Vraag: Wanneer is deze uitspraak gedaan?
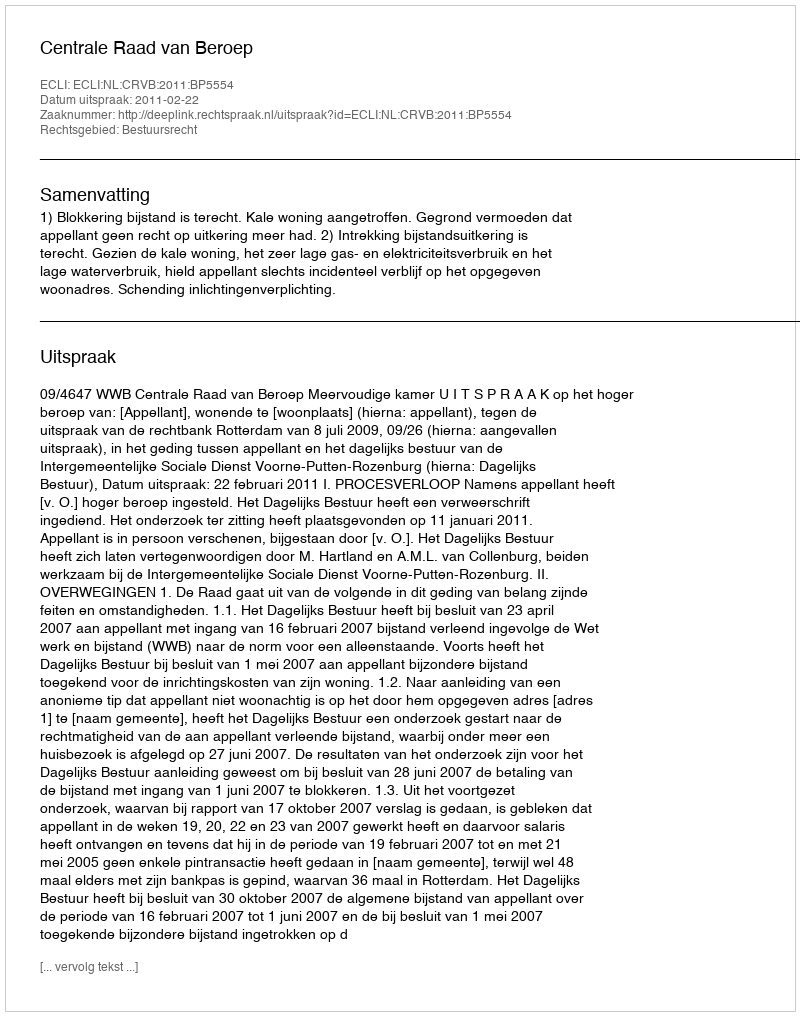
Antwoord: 2011-02-22